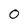
Character: 0